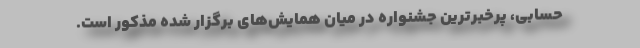
حسابی، پرخبرترین جشنواره در میان همایش‌های برگزار شده مذکور است.